Leaving Certificate Examination, 1913
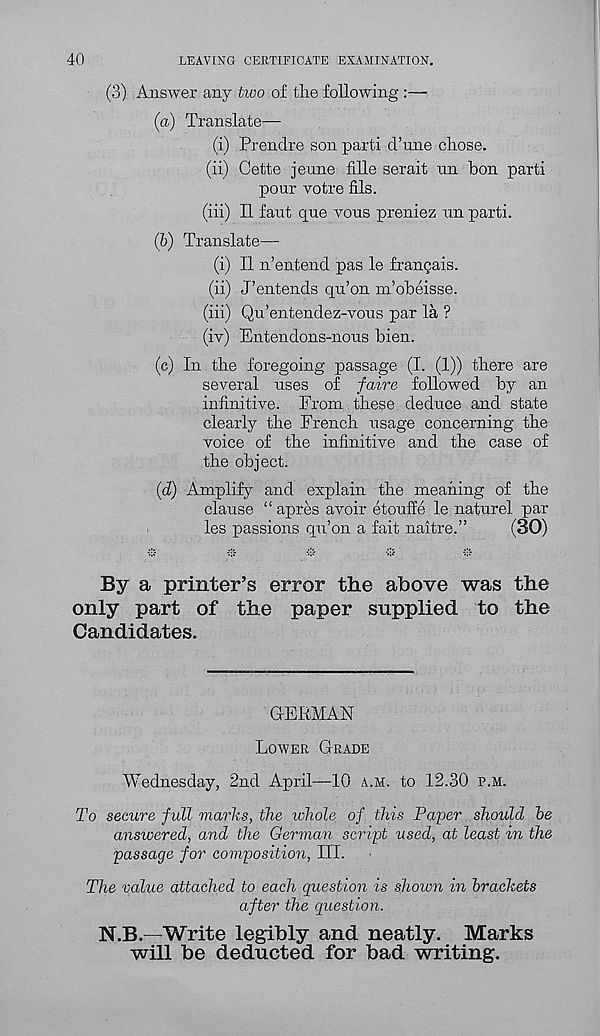
40
LEAVING CERTIFICATE EXAMINATION.
(3) Answer any two of the following :—
(a) Translate—
(i) Prendre son parti d’une chose.
(ii) Cette jeune fille serait nn bon parti
pour votre fils.
(iii) II faut que vous preniez nn parti.
(b) Translate—
(i) II n’entend pas le frangais.
(ii) J’entends qn’on m’obeisse.
(iii) Qu’entendez-vons par la ?
(iv) Entendons-nons bien.
(c) In the foregoing passage (I. (1)) there are
several nses of faire followed by an
infinitive. From these deduce and state
clearly the French usage concerning the
voice of the infinitive and the case of
the object.
(d) Amplify and explain the meaning of the
clause “ apres avoir etouffe le naturel par
les passions qu’on a fait naitre.”
(30)
By a printer’s error the above was the
only part of the paper supplied to the
Candidates.
GERMAN
Lower Grade
Wednesday, 2nd April—10 a.m. to 12.30 p.m.
To secure full marks, the ichole of this Paper should be
answered, and the German script used, at least in the
passage for composition, III.
The value attached to each question is shown in brackets
after the question.
N.B.—Write legibly and neatly. Marks
will be deducted for bad writing.